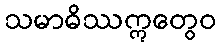
သမာဓိဿဣတွေဝ